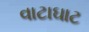
વાટાઘાટ